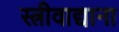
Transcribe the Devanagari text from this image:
स्त्रीवाद्याना